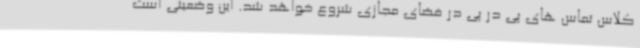
کلاس تماس های پی در پی در فضای مجازی شروع خواهد شد. این وضعیتی است